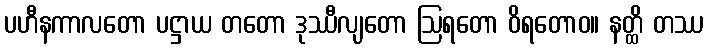
ပဟီနကာလတော ပဋ္ဌာယ တတော ဒုဿီလျတော ဩရတော ဝိရတောဝ။ နတ္ထိ တဿ